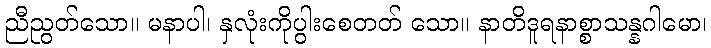
ညီညွတ်သော။ မနာပါ၊ နှလုံးကိုပွါးစေတတ် သော။ နာတိဒူရနာစ္စာသန္နဂါမော၊